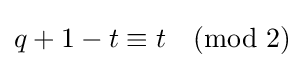
q+1-t\equiv t{\pmod {2}}